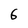
Character: 6